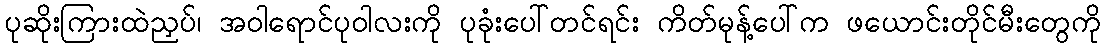
ပုဆိုးကြားထဲညှပ်၊ အဝါရောင်ပုဝါလးကို ပုခုံးပေါ်တင်ရင်း ကိတ်မုန့်ပေါ်က ဖယောင်းတိုင်မီးတွေကို